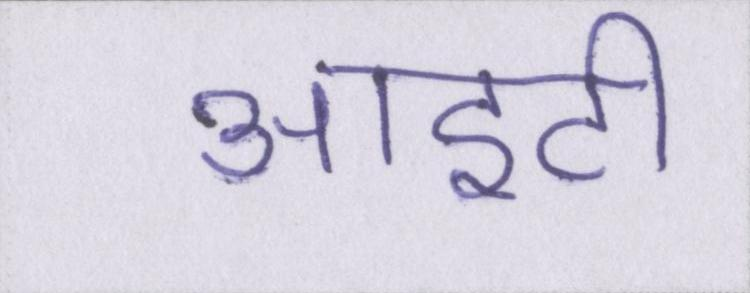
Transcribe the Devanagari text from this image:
आईटी